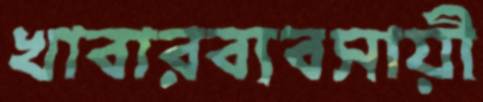
খাবারব্যবসায়ী